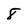
Character: 8